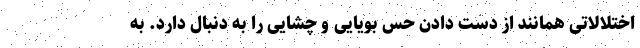
اختلالاتی همانند از دست دادن حس بویایی و چشایی را به دنبال دارد. به